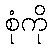
စုံကို